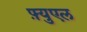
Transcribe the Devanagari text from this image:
फ़्युएल